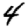
Digit: 4